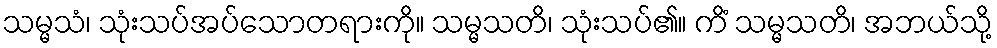
သမ္မသံ၊ သုံးသပ်အပ်သောတရားကို။ သမ္မသတိ၊ သုံးသပ်၏။ ကိံ သမ္မသတိ၊ အဘယ်သို့